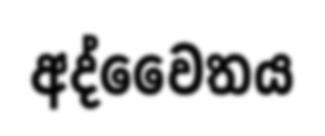
අද්වෛතය